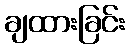
ချထားခြင်း